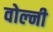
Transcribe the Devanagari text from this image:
वोल्नी